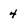
Character: 4